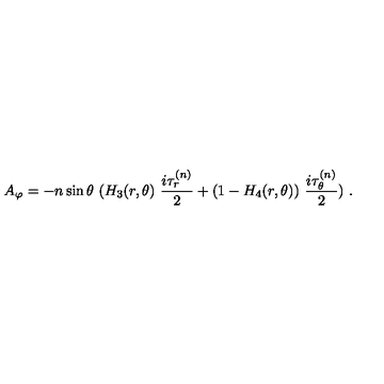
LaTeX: A _ { \varphi } = - n \sin \theta \ ( H _ { 3 } ( r , \theta ) \ \frac { i \tau _ { r } ^ { ( n ) } } { 2 } + ( 1 - H _ { 4 } ( r , \theta ) ) \ \frac { i \tau _ { \theta } ^ { ( n ) } } { 2 } ) \ . \